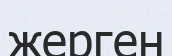
жерген